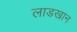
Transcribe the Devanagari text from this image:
लाडखान